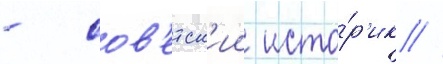
- сов'етск'ии исто́р'ик //